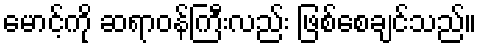
မောင့်ကို ဆရာဝန်ကြီးလည်း ဖြစ်စေချင်သည်။